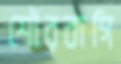
শৌরবাগি